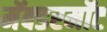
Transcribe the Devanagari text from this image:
मॅक्डरमॉट